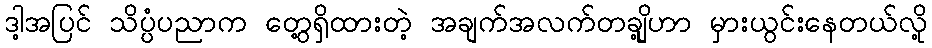
ဒါ့အပြင် သိပ္ပံပညာက တွေ့ရှိထားတဲ့ အချက်အလက်တချို့ဟာ မှားယွင်းနေတယ်လို့